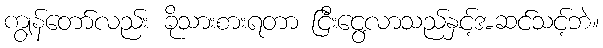
ကျွန်တော်လည်း ခိုသားစားရတာ ငြီးငွေ့လာသည်နှင့်အဆင်သင့်ဘဲ။